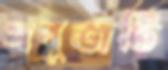
সবুজটি